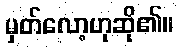
မှတ်လော့ဟုဆို၏။